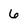
Character: 6